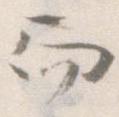
而